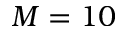
M = 1 0